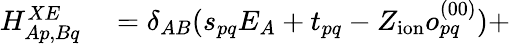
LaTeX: \begin{array}{rl}{H_{Ap,Bq}^{XE}}&{{}=\delta_{AB}(s_{pq}E_{A}+t_{pq}-Z_{\mathrm{ion}}o_{pq}^{(00)})+}\end{array}